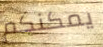
يمكنكم